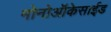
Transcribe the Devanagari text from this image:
मोनोऑकेसाईड